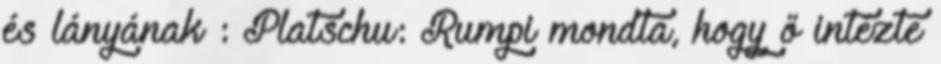
és lányának : Platschu: Rumpi mondta, hogy ő intézte